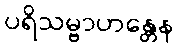
ပရိသမ္ဗာဟန္တေန